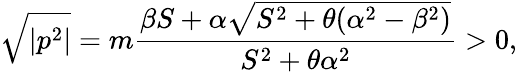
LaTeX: \sqrt{|p^{2}|}=m\frac{\beta S+\alpha\sqrt{S^{2}+\theta(\alpha^{2}-\beta^{2})}}{S^{2}+\theta\alpha^{2}}>0,